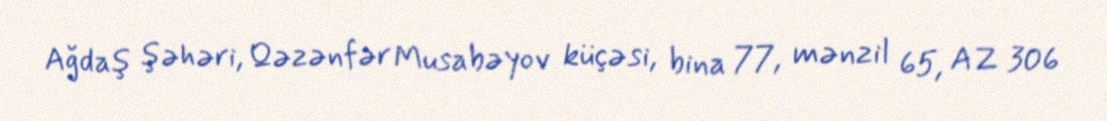
Ağdaş şəhəri, Qəzənfər Musabəyov küçəsi, bina 77, mənzil 65, AZ 306